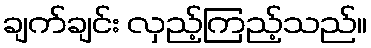
ချက်ချင်း လှည့်ကြည့်သည်။